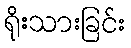
ရိုးသားခြင်း